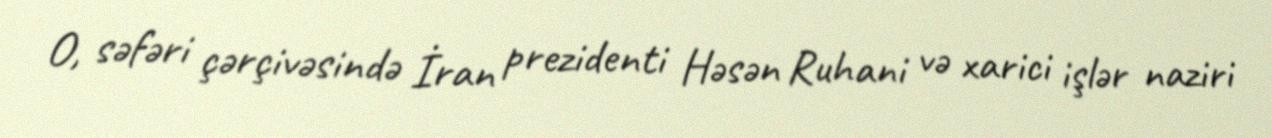
O, səfəri çərçivəsində İran prezidenti Həsən Ruhani və xarici işlər naziri